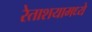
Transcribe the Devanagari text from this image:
रेताशयामध्ये